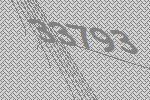
33793